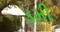
ડમી